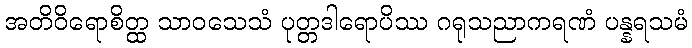
အတိဝိရောစိတ္ထ သာဝသေသံ ပုတ္တဒါရောပိဿ ဂရုသညာကရဏံ ပန္နရသမံ